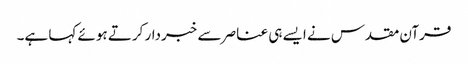
قرآن مقدس نے ایسے ہی عناصر سے خبردار کرتے ہوئے کہا ہے۔